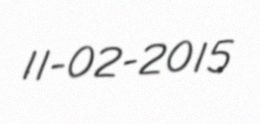
11-02-2015